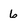
Character: 6